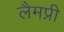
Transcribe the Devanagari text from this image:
लैमप्री